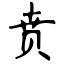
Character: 贲